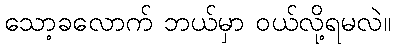
သော့ခလောက် ဘယ်မှာ ဝယ်လို့ရမလဲ။